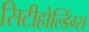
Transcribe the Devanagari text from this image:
सिटीहोल्डिंग्स